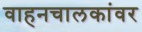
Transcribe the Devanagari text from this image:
वाहनचालकांवर